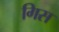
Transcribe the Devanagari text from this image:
गिस